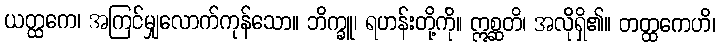
ယတ္ထကေ၊ အကြင်မျှလောက်ကုန်သော။ ဘိက္ခူ၊ ရဟန်းတို့ကို။ ဣစ္ဆတိ၊ အလိုရှိ၏။ တတ္ထကေဟိ၊